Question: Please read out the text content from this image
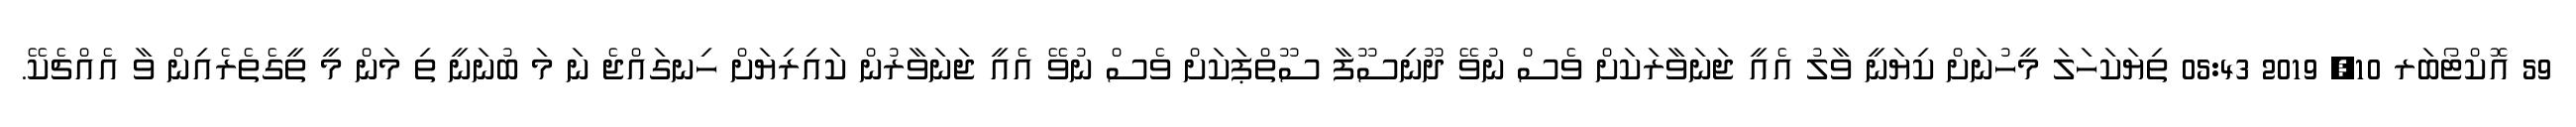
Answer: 59 އޮކްޓޯބަރ 10, 2019 05:43 ތިޔަކަހަލަ މީހުނަށް ކިޔަނީ ވާލު އެއީ ޖަނަވާރަކަށް ވެސް ނުވޭ ދޫނިސޫފާ ސޫތްޕަކަށް ވެސް ނުވޭ އެއީ ޖަނަވާރުން ކައިރިޔަށް ހިނގައްޖެ ނަ މަ ބުނަނީ ތި މަން މީ ތީގެތެރެއިން ވާ އެއްޗެކޭ.